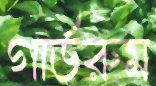
গার্ডরুম